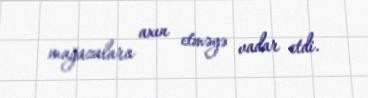
mağazalara axın etməyə vadar etdi.